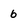
Character: 6